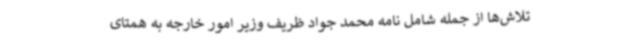
تلاش‌ها از جمله شامل نامه محمد جواد ظریف وزیر امور خارجه به همتای